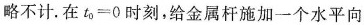
略不计。在$$t _ { 0 } = 0$$时刻，给金属杆施加一个水平向